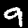
Label: 9